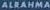
ALRAHMA